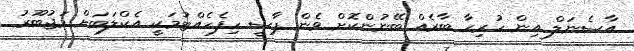
އާސެނަލް އިން ހުރިހާ ބާރެއް ބޭނުންކޮށް ވެން ޕާސީ ހިފެހެއްޓުމަކީ އެކްލަބަށް މަޖުބޫރު